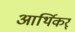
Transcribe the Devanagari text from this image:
आर्थिकर्